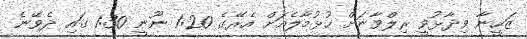
ޒަހީނާ ވިދާޅުވީ ރިލްވާނަށް ހުޅުމާލެއަށް އެރޭގެ 1:20 ނޫނީ 1:30 ގައި ދެވޭނެ